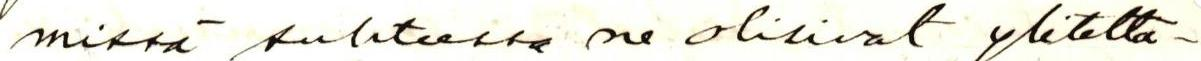
missä suhteessa ne olisivat ylitettä-